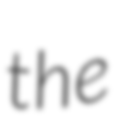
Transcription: the